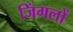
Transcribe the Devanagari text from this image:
जिंगलों